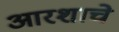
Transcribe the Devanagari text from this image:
आरशाचे